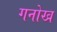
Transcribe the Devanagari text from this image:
गनोख